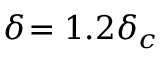
\delta \! = 1 . 2 \delta _ { c }